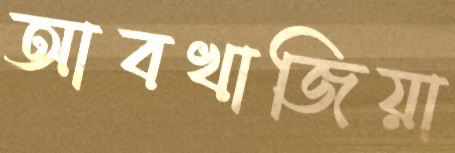
আবখাজিয়া